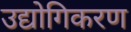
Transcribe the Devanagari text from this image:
उद्योगिकरण